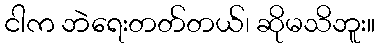
ငါက ဘဲရေးတတ်တယ်၊ ဆိုမသိဘူး။